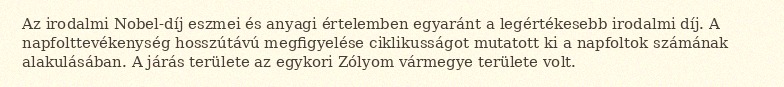
Az irodalmi Nobel-díj eszmei és anyagi értelemben egyaránt a legértékesebb irodalmi díj. A napfolttevékenység hosszútávú megfigyelése ciklikusságot mutatott ki a napfoltok számának alakulásában. A járás területe az egykori Zólyom vármegye területe volt.